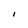
Character: I